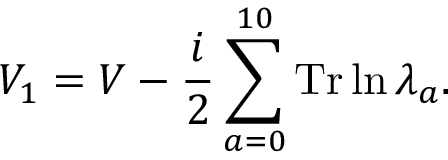
V _ { 1 } = V - { \frac { i } { 2 } } \sum _ { a = 0 } ^ { 1 0 } \mathrm { T r } \ln \lambda _ { a } .